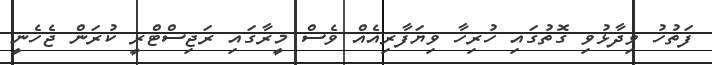
ފަތުހު ވިދާޅުވި ގޮތުގައި ހުރިހާ ވިޔަފާރިއެއް ވެސް މީރާގައި ރަޖިސްޓްރީ ކުރަން ޖެހެނީ